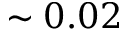
\sim 0 . 0 2